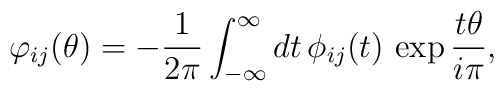
\varphi _{ij}(\theta )=-\frac{1}{2\pi }\int_{-\infty }^{\infty }dt\,\phi_{ij}(t)\,\exp \frac{t\theta }{i\pi },